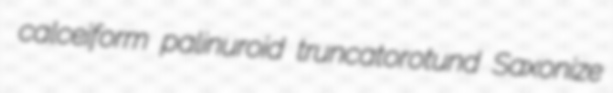
calceiform palinuroid truncatorotund Saxonize